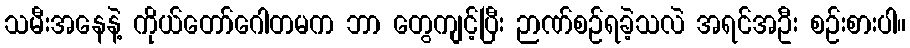
သမီးအနေနဲ့ ကိုယ်တော်ဂေါတမက ဘာ တွေကျင့်ပြီး ဉာဏ်စဉ်ရခဲ့သလဲ အရင်အဦး စဉ်းစားပါ။